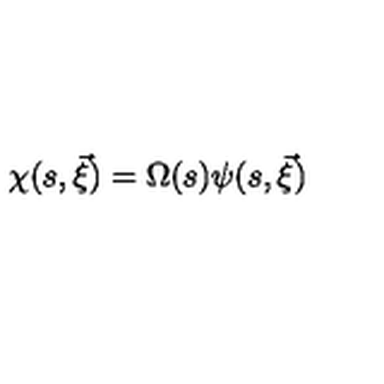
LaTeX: \chi ( s , \vec { \xi } ) = \Omega ( s ) \psi ( s , \vec { \xi } )